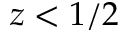
z < 1 / 2